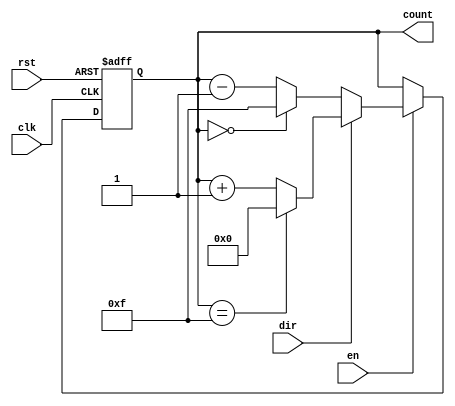
module MemoryBlocksBinaryCounter #(
    parameter WIDTH = 4,   // Bit-width of the counter
    parameter INIT_VALUE = 0 // Initial reset value for the counter
)(
    input wire clk,         // Clock signal
    input wire rst,         // Asynchronous reset signal
    input wire en,          // Enable signal
    input wire dir,         // Direction signal (0: down, 1: up)
    output reg [WIDTH-1:0] count // Current count output
);

    // Initial count value
    initial begin
        count = INIT_VALUE;
    end

    // Asynchronous Reset and Counting Logic
    always @(posedge clk or posedge rst) begin
        if (rst) begin
            // Reset the counter to the initial value
            count <= INIT_VALUE;
        end else if (en) begin
            if (dir) begin
                // Count up
                if (count == {WIDTH{1'b1}}) begin
                    count <= {WIDTH{1'b0}}; // Wrap around to 0
                end else begin
                    count <= count + 1;
                end
            end else begin
                // Count down
                if (count == {WIDTH{1'b0}}) begin
                    count <= {WIDTH{1'b1}}; // Wrap around to max value
                end else begin
                    count <= count - 1;
                end
            end
        end
    end

endmodule